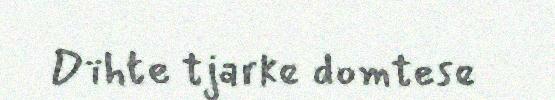
Dïhte tjarke domtese